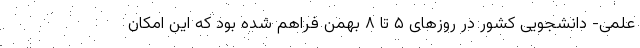
علمی- دانشجویی کشور در روزهای ۵ تا ۸ بهمن فراهم شده بود که این امکان